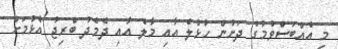
މި އެއްބަސްވުމުގެ ދަށުން ހުޅުލެ އާއި މާލެ އާއި ދެމެދު ބްރިޖު އެޅުމަށް